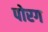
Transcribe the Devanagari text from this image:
पोरग